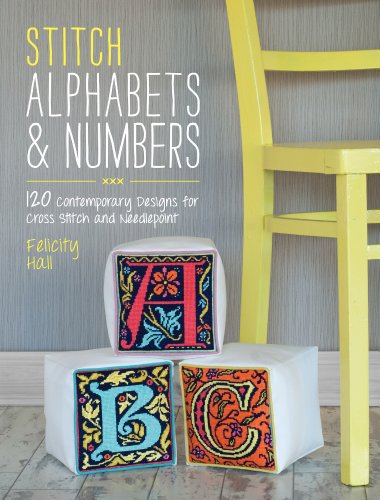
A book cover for Stitch Alphabets & Numbers: 120 Contemporary Designs for Cross Stitch & Needlepoint; Felicity Hall; Crafts, Hobbies & Home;